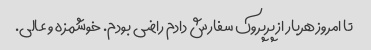
تا امروز هربار از پرپروک سفارش دادم راضى بودم. خوشمزه و عالى.